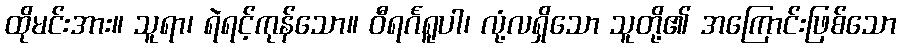
ထိုမင်းအား။ သူရာ၊ ရဲရင့်ကုန်သော။ ဝီရင်္ဂရူပါ၊ လုံ့လရှိသော သူတို့၏ အကြောင်းဖြစ်သော